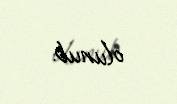
olunub.